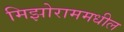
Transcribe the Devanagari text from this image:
मिझोराममधील